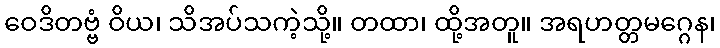
ဝေဒိတဗ္ဗံ ဝိယ၊ သိအပ်သကဲ့သို့။ တထာ၊ ထို့အတူ။ အရဟတ္တမဂ္ဂေန၊